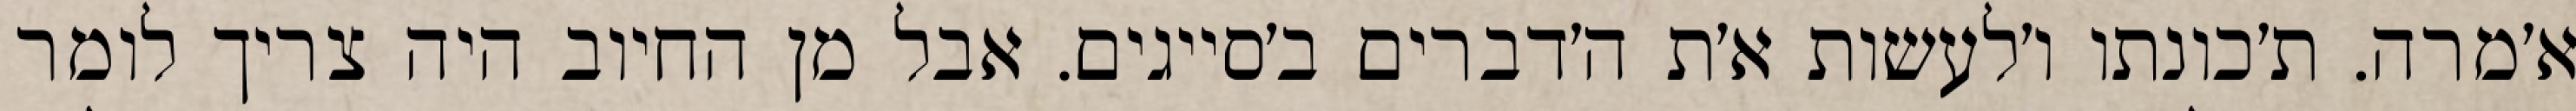
א׳מרה. ת׳כונתו ו׳לעשות א׳ת ה׳דברים ב׳סייגים. אבל מן החיוב היה צריך לומר